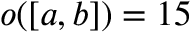
o ( [ a , b ] ) = 1 5